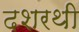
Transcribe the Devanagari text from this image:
दशरथी